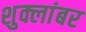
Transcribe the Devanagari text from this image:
शुक्लांबर